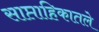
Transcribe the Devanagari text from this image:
साप्ताहिकातले